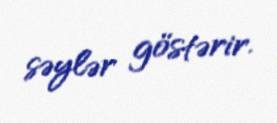
səylər göstərir.